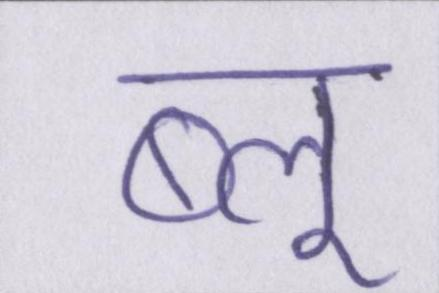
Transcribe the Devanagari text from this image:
ब्लू